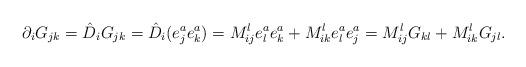
LaTeX: \begin{align*} \partial_i G_{jk} = \hat{D}_i G_{jk} = \hat{D}_i (e^a_je^a_k) = M^l_{ij} e^a_le^a_k + M^l_{ik} e^a_l e^a_j = M^l_{ij} G_{kl} + M^l_{ik} G_{jl}.\end{align*}